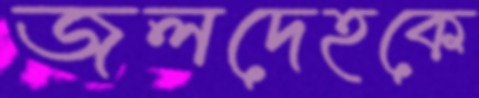
জলদেহকে